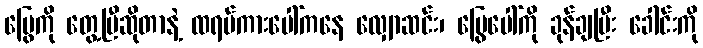
မြွေကို တွေ့ပြီဆိုတာနဲ့ ထရပ်ကားပေါ်ကနေ လျှောဆင်း၊ မြွေပေါ်ကို ခုန်ချပြီး ခေါင်းကို